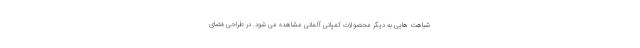
شباهت هایی به دیگر محصولات کمپانی آلمانی مشاهده می شود. در طراحی فضای